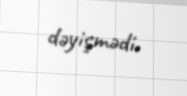
dəyişmədi.